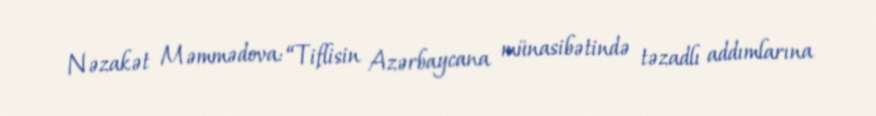
Nəzakət Məmmədova: “Tiflisin Azərbaycana münasibətində təzadlı addımlarına